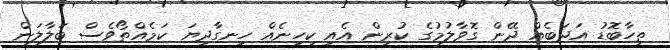
ތިހާބޮޑު އަދަބެއް ދޭން ގޮވާލުމުގެ ކުރިން އެއީ ކިހިނެއް ހިނގާދިޔަ ކަމެއްތޯވެސް ބަލާލަން